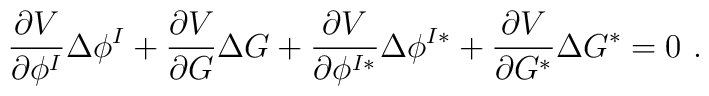
{\partial  V \over \partial \phi^I} \Delta \phi^I  + {\partial  V \over\partial G} \Delta G + {\partial  V \over \partial \phi^{I*}} \Delta \phi^{I*}+ {\partial  V \over \partial G^*} \Delta G^* =0 \ .